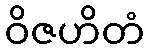
ဝိဇဟိတံ